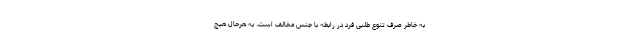
به خاطر صرف تنوع طلبی فرد در رابطه با جنس مخالف است. به هرحال هیچ